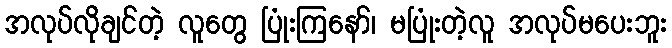
အလုပ်လိုချင်တဲ့ လူတွေ ပြုံးကြနော်၊ မပြုံးတဲ့လူ အလုပ်မပေးဘူး